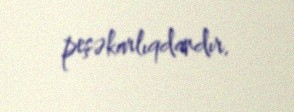
peşəkarlıqdandır.